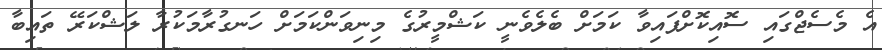
އެ މެސެޖްގައި ސޮއިކޮށްފައިވާ ކަމަށް ބެލެވެނީ ކަޝްމީރުގެ މިނިވަންކަމަށް ހަނގުރާމަކުރާ ލަޝްކަރޭ ތައިބާ